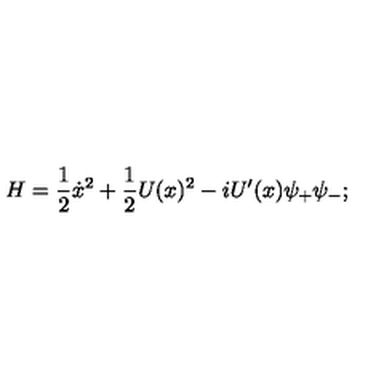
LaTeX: H = \frac { 1 } { 2 } \dot { x } ^ { 2 } + \frac { 1 } { 2 } U ( x ) ^ { 2 } - i U ^ { \prime } ( x ) \psi _ { + } \psi _ { - } ;